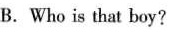
B.Who is that boy?